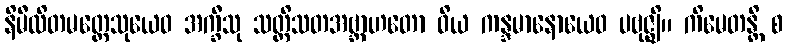
နိမီလိတမတ္တေသုယေဝ အက္ခီသု သတ္တိသတအဗ္ဘာဟတော ဝိယ ကန္ဒမာနောယေဝ ပဗုဇ္ဈိ။ ကိမေတန္တိ စ